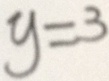
y = 3